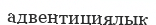
адвентициялык